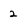
Character: 2